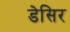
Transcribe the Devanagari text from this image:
डेसिर